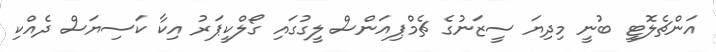
އަންޗެލޮޓީ ބުނީ މިދިޔަ ސީޒަނުގެ ޗެމްޕިއަންސް ލީގުގައި ގޯލްކީޕަރު އިކާ ކަސިޔަސް ދެއްކި